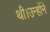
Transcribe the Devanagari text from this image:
थी।उन्होंने